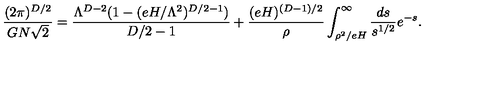
\frac { ( 2 \pi ) ^ { D / 2 } } { G N \sqrt { 2 } } = \frac { \Lambda ^ { D - 2 } ( 1 - ( e H / \Lambda ^ { 2 } ) ^ { D / 2 - 1 } ) } { D / 2 - 1 } + \frac { ( e H ) ^ { ( D - 1 ) / 2 } } { \rho } \int _ { \rho ^ { 2 } / e H } ^ { \infty } \frac { d s } { s ^ { 1 / 2 } } e ^ { - s } .